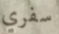
سفري